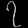
Digit: ၇